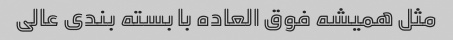
مثل همیشه فوق العاده با بسته بندی عالی